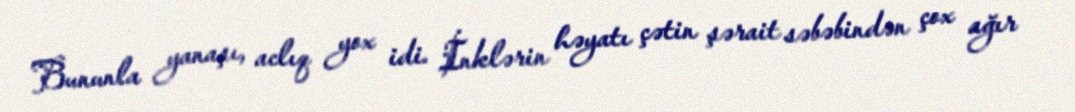
Bununla yanaşı, aclıq yox idi. İnklərin həyatı çətin şərait səbəbindən çox ağır